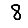
Digit: 8